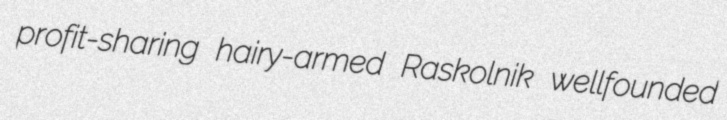
profit-sharing hairy-armed Raskolnik wellfounded